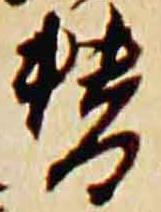
替